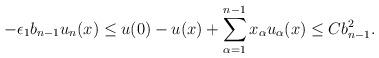
LaTeX: \begin{align*}- \epsilon_1 b_{n-1} u_n (x) \leq u(0) - u(x) + \sum_{\alpha = 1}^{n-1} x_\alpha u_\alpha (x) \leq C b_{n-1}^2.\end{align*}